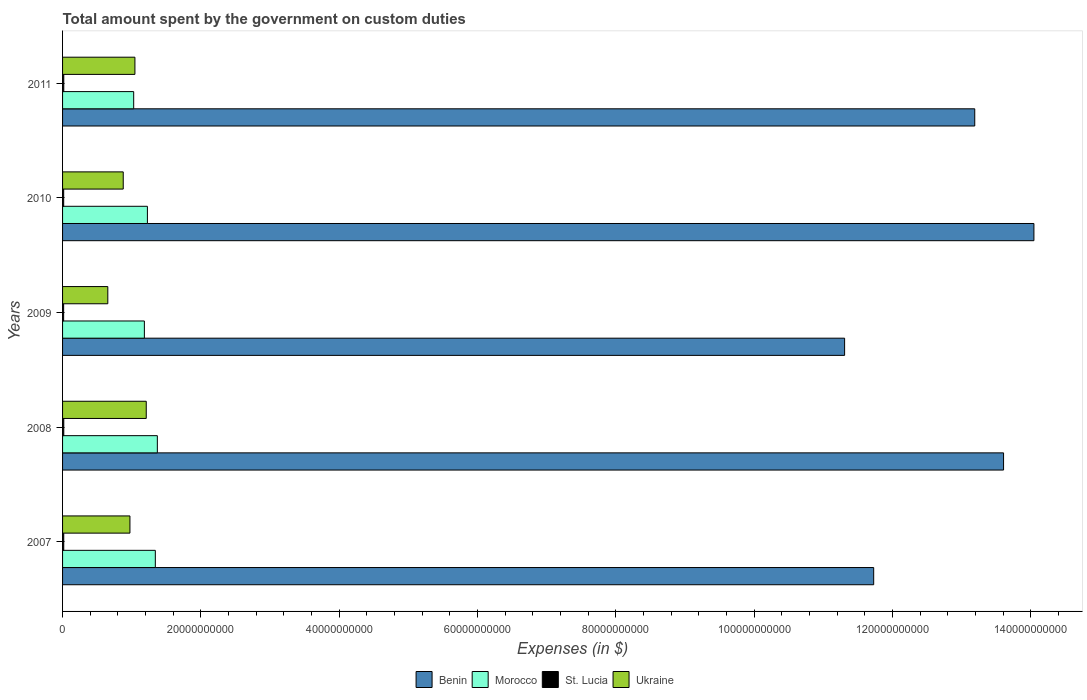
| Years | Benin | Morocco | St. Lucia | Ukraine |
 | --- | --- | --- | --- | --- |
 | 2007 | 1.17e+11 | 1.34e+10 | 1.72e+08 | 9.74e+09 |
 | 2008 | 1.36e+11 | 1.37e+10 | 1.75e+08 | 1.21e+10 |
 | 2009 | 1.13e+11 | 1.18e+10 | 1.55e+08 | 6.54e+09 |
 | 2010 | 1.4e+11 | 1.23e+10 | 1.61e+08 | 8.77e+09 |
 | 2011 | 1.32e+11 | 1.03e+10 | 1.75e+08 | 1.05e+10 |